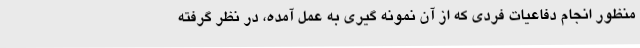
منظور انجام دفاعیات فردی که از آن نمونه گیری به عمل آمده، در نظر گرفته